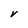
Character: V